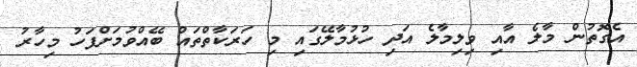
އެގޮތުން މާލެ އާއި ވިލިމާލެ އަދި ހުޅުމާލޭގައި މި ހަރަކާތްތައް ބޭއްވުމަށްފަހު މިހާރު